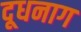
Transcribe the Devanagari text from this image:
दूधनाग